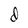
Character: d